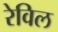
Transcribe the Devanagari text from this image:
रेविल